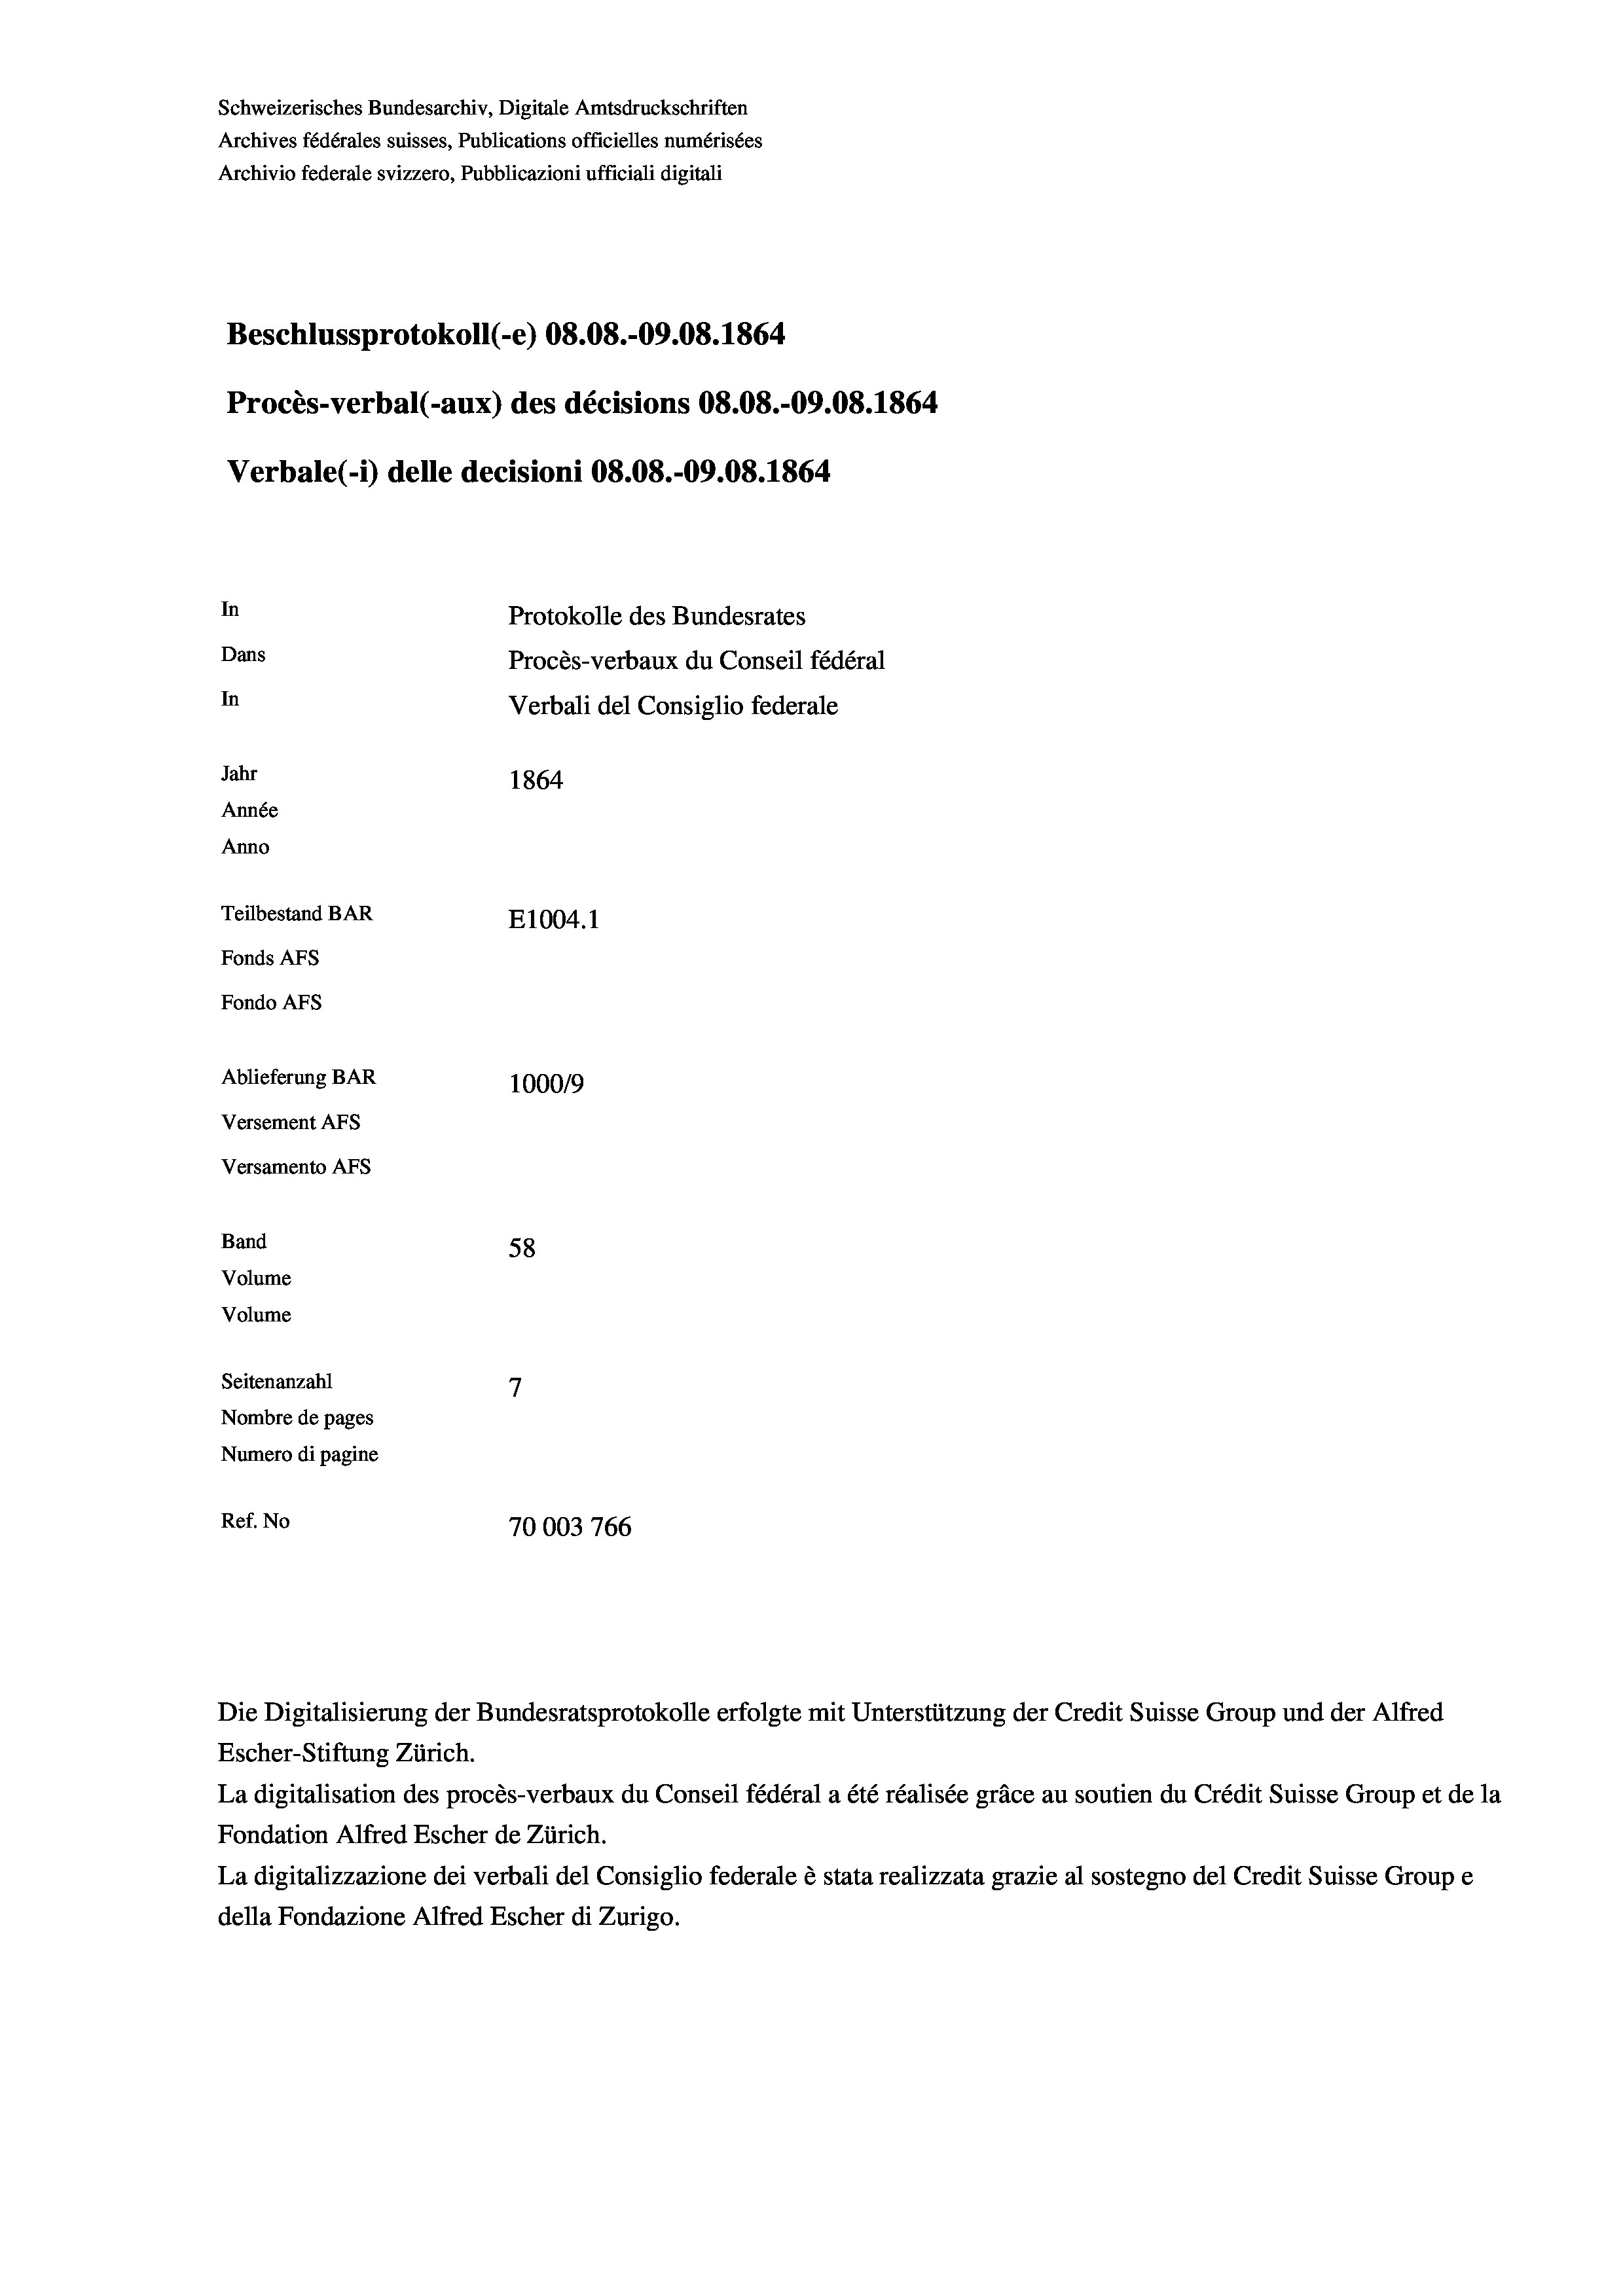
Schweizerisches Bundesarchiv, Digitale Amtsdruckschriften
Archives fédérales suisses, Publications officielles numérisées
Archivio federale svizzero, Pubblicazioni ufficiali digitali
Beschlussprotokoll (-e) 08.08.-09.08. 1864
Procès-verbal (-aux) des décisions 08.08.-09.08. 1864
Verbale (i) delle decisioni 08.08.-09.08. 1864
In
Protokolle des Bundesrates
Dans
Procès-verbaux du Conseil fédéral
In
Verbali del Consiglio federale
Jahr
1864
Année
Anno
Teilbestand BAR
E1004. 1
Fonds AFs
Fondo Afs
Ablieferung BAR
100019
Versement AFs
Versamento AFS
Band
58
Volume
Volume
7
Seitenanzahl
Nombre de pages
Numero di pagine
Ref. No
70003766

Escher-Stiftung Zürich.
La digitalisation des procès-verbaux du Conseil fédéral a été réalisée gräce au soutien du Crédit Suisse Group et de la
Fondation Alfred Escher de Zürich.
La digitalizzazione dei verbali del Consiglio federale è stata realizzata grazie al sostegno del Credit Suisse Groupe
della Fondazione Alfred Escher di Zurigo.

Die Digitalisierung der Bundesratsprotokolle erfolgte mit Unterstützung der Credit Suisse Group und der Alfred